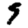
Digit: 9